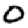
Digit: 0